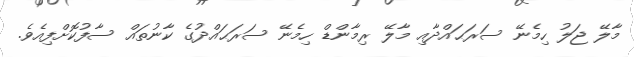
މާލޭ ޖަލު ހިމެނޭ ސަރަޙައްދާއި މާލޭ ރިމާންޑް ހިމެނޭ ސަރަޙައްދުގެ ކާނުތައް ސާފުކޮށްފިއެވެ.